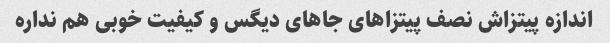
اندازه پیتزاش نصف پیتزاهای جاهای دیگس و کیفیت خوبی هم نداره